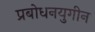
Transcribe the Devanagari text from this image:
प्रबोधनयुगीन